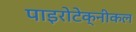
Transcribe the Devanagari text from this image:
पाइरोटेक्नीकल